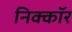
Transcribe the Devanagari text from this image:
निक्कॉर